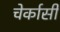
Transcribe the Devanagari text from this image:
चेर्कासी